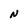
Character: N